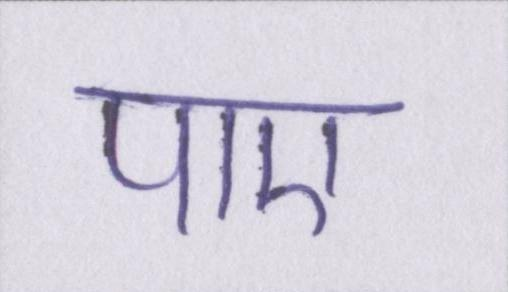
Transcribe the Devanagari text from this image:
पाए